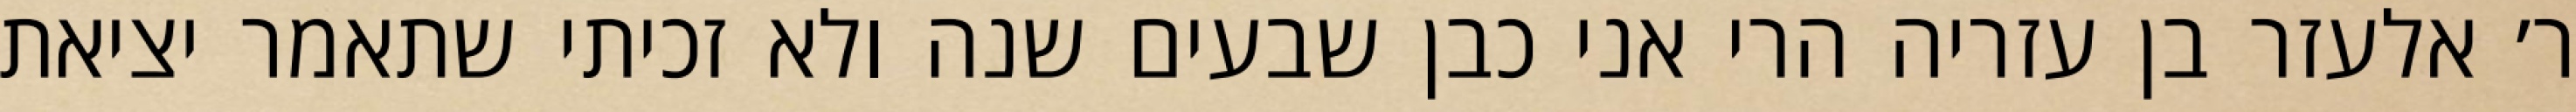
ר׳ אלעזר בן עזריה הרי אני כבן שבעים שנה ולא זכיתי שתאמר יציאת